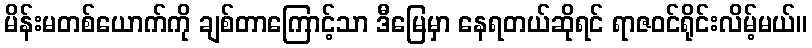
မိန်းမတစ်ယောက်ကို ချစ်တာကြောင့်သာ ဒီမြေမှာ နေရတယ်ဆိုရင် ရာဇဝင်ရိုင်းလိမ့်မယ်။